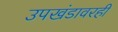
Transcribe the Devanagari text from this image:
उपखंडावरही